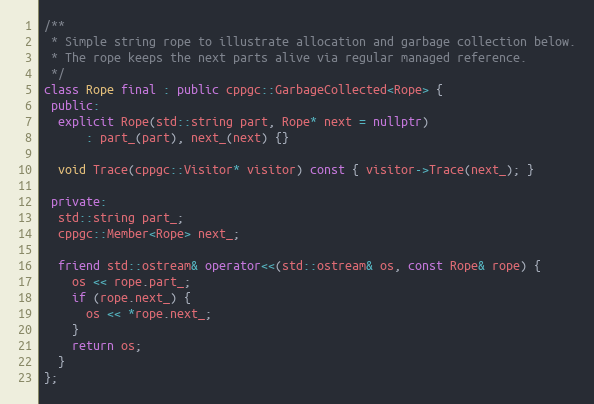
Language: C++
/**
 * Simple string rope to illustrate allocation and garbage collection below.
 * The rope keeps the next parts alive via regular managed reference.
 */
class Rope final : public cppgc::GarbageCollected<Rope> {
 public:
  explicit Rope(std::string part, Rope* next = nullptr)
      : part_(part), next_(next) {}

  void Trace(cppgc::Visitor* visitor) const { visitor->Trace(next_); }

 private:
  std::string part_;
  cppgc::Member<Rope> next_;

  friend std::ostream& operator<<(std::ostream& os, const Rope& rope) {
    os << rope.part_;
    if (rope.next_) {
      os << *rope.next_;
    }
    return os;
  }
};